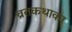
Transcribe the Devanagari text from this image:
व्रतकथाका